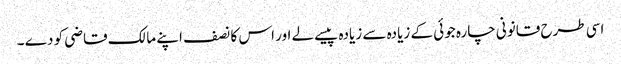
اسی طرح قانونی چارہ جوئی کے زیادہ سے زیادہ پیسے لے اور اس کا نصف اپنے مالک قاضی کو دے ۔